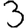
Digit: 3